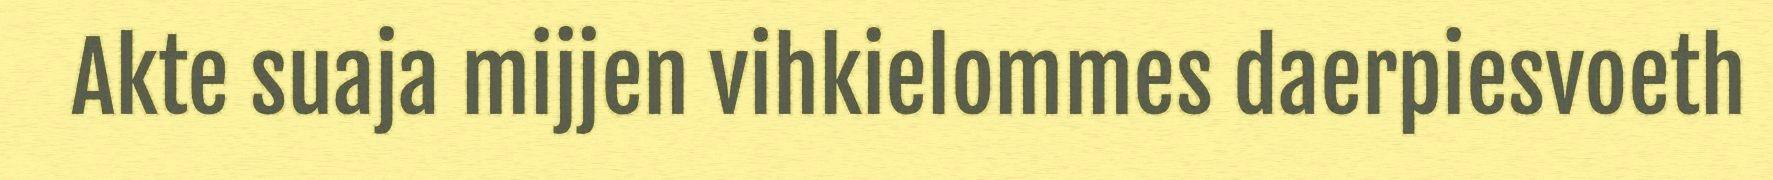
Akte suaja mijjen vihkielommes daerpiesvoeth